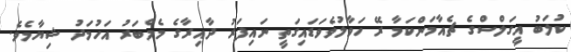
ކުލަބު އީގަލްސްގެ ޗެއާމަންކަމާ ރޭ ހަވާލުވެވަޑައިގަތީ ނައިފަރު ދާއިރާގެ މެމްބަރު އަހުމަދު ޝިޔާމެވެ.